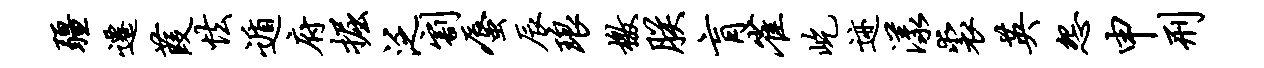
疆迁葭怯遁府掘泛割蜃辰琅檄朕肓雀屹迹漾裘英怨申刑